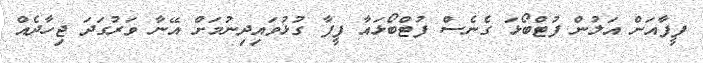
ފީފާއަށް އަލުން ފުޓްބޯޅަ ގެނެސް ފުޓްބޯޅައާ ފީފާ ގުޅުވައިދިނުމަށް އޭނާ ވަރުގަދަ ޖިހާދެއް